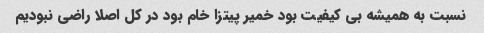
نسبت به همیشه بی کیفیت بود خمیر پیتزا خام بود در کل اصلا راضی نبودیم